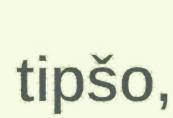
tipšo,